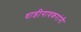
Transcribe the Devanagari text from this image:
धाडीगावकरांनी